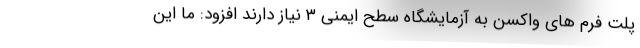
پلت فرم های واکسن به آزمایشگاه سطح ایمنی ۳ نیاز دارند افزود: ما این